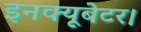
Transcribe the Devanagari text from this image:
इनक्यूबेटर।